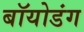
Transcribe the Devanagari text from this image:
बॉयोडंग